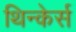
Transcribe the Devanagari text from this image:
थिन्केर्स